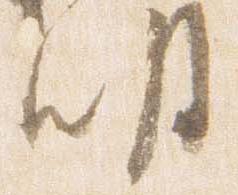
明